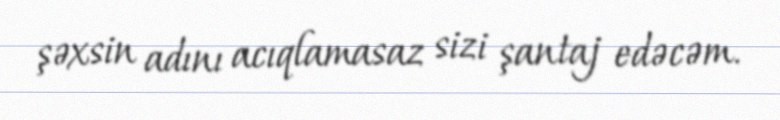
şəxsin adını acıqlamasaz sizi şantaj edəcəm.